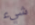
شيء